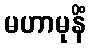
မဟာမုနိံ